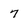
Character: 7